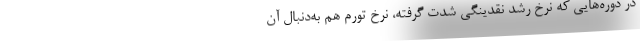
در دوره‌هایی که نرخ رشد نقدینگی شدت گرفته، نرخ تورم هم به‌دنبال آن